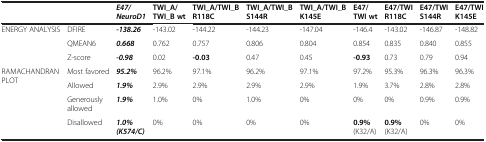
<table><thead><tr><td><b> </b></td><td><b> </b></td><td><b><i>E47/NeuroD1</i></b></td><td><b>TWI_A/TWI_B wt</b></td><td><b>TWI_A/TWI_B R118C</b></td><td><b>TWI_A/TWI_B S144R</b></td><td><b>TWI_A/TWI_B K145E</b></td><td><b>E47/TWI wt</b></td><td><b>E47/TWI R118C</b></td><td><b>E47/TWI S144R</b></td><td><b>E47/TWI K145E</b></td></tr></thead><tbody><tr><td rowspan="3">ENERGY ANALYSIS</td><td>DFIRE</td><td><b><i>-138.26</i></b></td><td>-143.02</td><td>-144.22</td><td>-144.23</td><td>-147.04</td><td>-146.4</td><td>-143.02</td><td>-146.87</td><td>-148.82</td></tr><tr><td>QMEAN6</td><td><b><i>0.668</i></b></td><td>0.762</td><td>0.757</td><td>0.806</td><td>0.804</td><td>0.854</td><td>0.835</td><td>0.840</td><td>0.855</td></tr><tr><td>Z-score</td><td><b><i>-0.98</i></b></td><td>0.02</td><td><b>-0.03</b></td><td>0.47</td><td>0.45</td><td><b>-0.93</b></td><td>0.73</td><td>0.79</td><td>0.94</td></tr><tr><td rowspan="3">RAMACHANDRAN PLOT</td><td>Most favored</td><td><b><i>95.2%</i></b></td><td>96.2%</td><td>97.1%</td><td>96.2%</td><td>97.1%</td><td>97.2%</td><td>95.3%</td><td>96.3%</td><td>96.3%</td></tr><tr><td>Allowed</td><td><b><i>1.9%</i></b></td><td>2.9%</td><td>2.9%</td><td>2.9%</td><td>2.9%</td><td>1.9%</td><td>3.7%</td><td>2.8%</td><td>2.8%</td></tr><tr><td>Generously allowed</td><td><b><i>1.9%</i></b></td><td>1.0%</td><td>0%</td><td>1.0%</td><td>0%</td><td>0%</td><td>0%</td><td>0.9%</td><td>0.9%</td></tr><tr><td> </td><td>Disallowed</td><td><b><i>1.0% (K574/C)</i></b></td><td>0%</td><td>0%</td><td>0%</td><td>0%</td><td><b>0.9%</b> (K32/A)</td><td><b>0.9%</b> (K32/A)</td><td>0%</td><td>0%</td></tr></tbody></table>